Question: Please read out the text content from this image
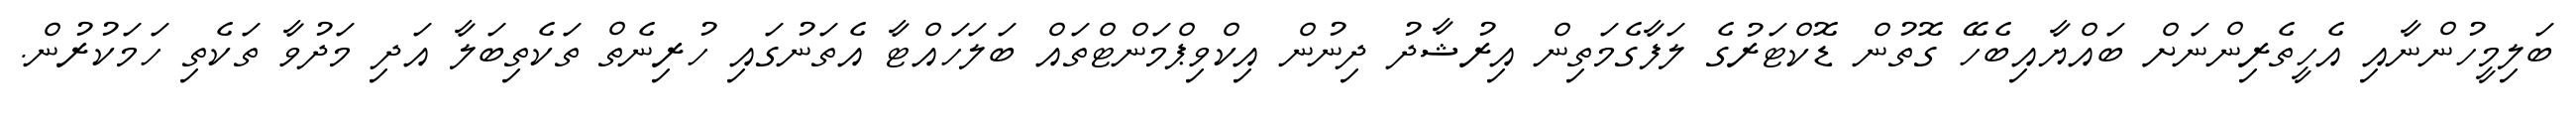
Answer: ބަލިމީހުންނާއި އެހީތެރިންނަށް ބައްޔާއިބެހޭ ގޮތުން ޑޮކްޓަރުގެ ލަފާގެމަތިން އިރުޝާދު ދިނުން އިކްވިޕްމަންޓްތައް ބަލަހައްޓާ އެތަނުގައި ހުރިނެތް ތަކެތިބަލާ އަދި މަދުވާ ތަކެތި ހަމަކުރުން.